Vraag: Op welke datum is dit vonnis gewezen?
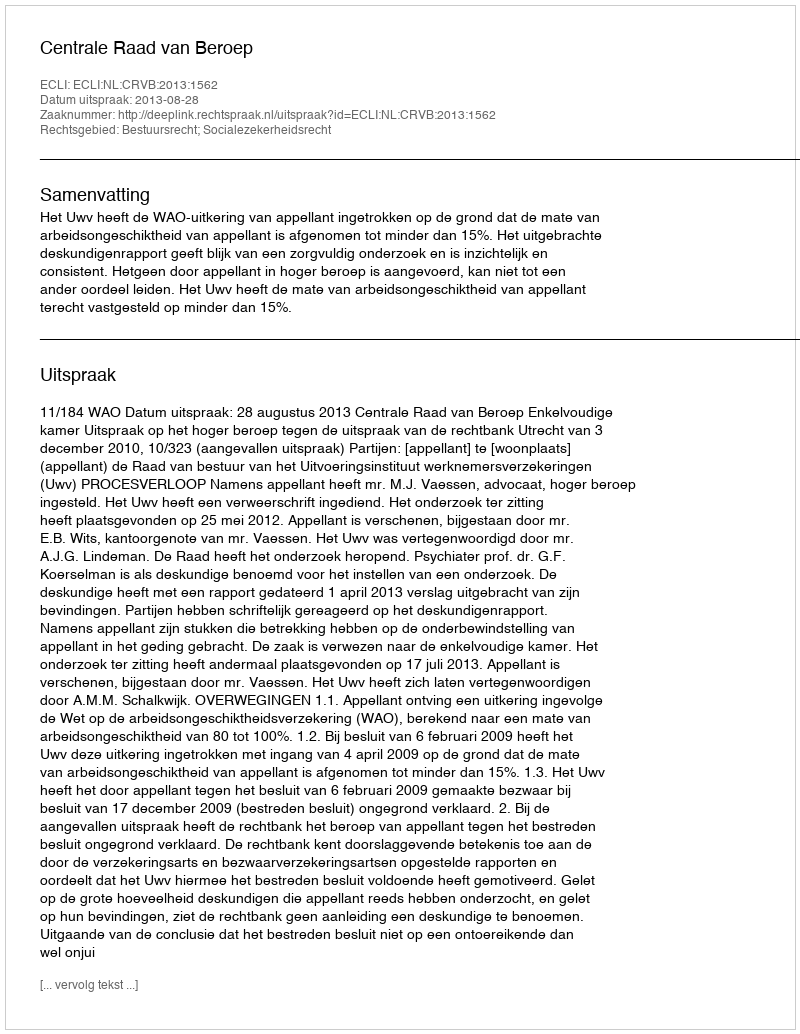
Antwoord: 2013-08-28